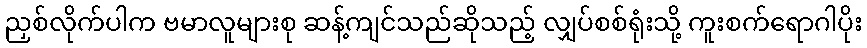
ညှစ်လိုက်ပါက ဗမာလူများစု ဆန့်ကျင်သည်ဆိုသည့် လျှပ်စစ်ရုံးသို့ ကူးစက်ရောဂါပိုး